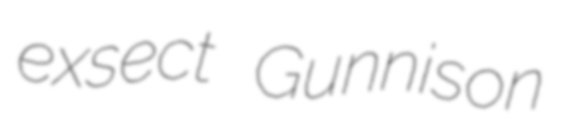
exsect Gunnison